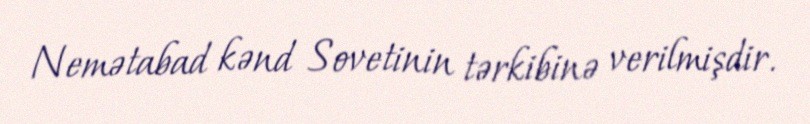
Nemətabad kənd Sovetinin tərkibinə verilmişdir.